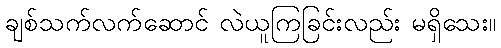
ချစ်သက်လက်ဆောင် လဲယူကြခြင်းလည်း မရှိသေး။